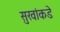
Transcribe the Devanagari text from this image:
सुखांकडे